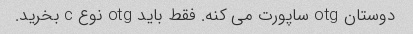
دوستان otg ساپورت می کنه. فقط باید otg نوع c بخرید.